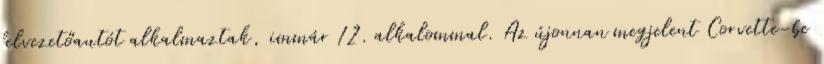
felvezetőautót alkalmaztak, immár 12. alkalommal. Az újonnan megjelent Corvette-be